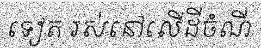
ទៀត រស់នៅលើដីចំណី